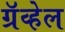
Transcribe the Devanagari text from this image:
ग्रॅव्हेल